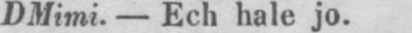
DMimi. - Ech hale jo.